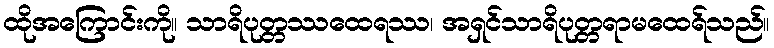
ထိုအကြောင်းကို။ သာရိပုတ္တဿထေရဿ၊ အရှင်သာရိပုတ္တရာမထေရ်သည်။